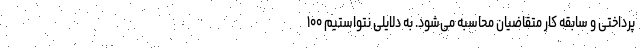
پرداختی و سابقه کار متقاضیان محاسبه می‌شود. به دلایلی نتواستیم ۱۰۰